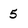
Character: 5